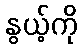
နွယ့်ကို